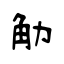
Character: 觔